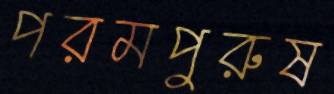
পরমপুরুষ